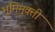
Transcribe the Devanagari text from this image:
भूमिमुक्ती